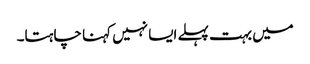
میں بہت پہلے ایسا نہیں کہنا چاہتا۔